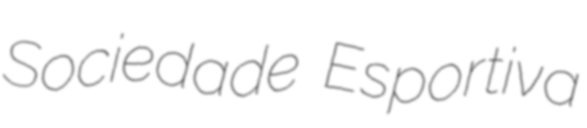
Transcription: Sociedade Esportiva